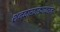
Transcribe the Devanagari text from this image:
शनवारवाड्यावरून